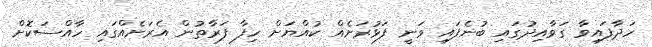
ހަދާފައިވާ ގަވާއިދުގައި ބުނެފައި ވަނީ ފަޅުރަށެއް ކުއްޔަށް ހިފާ ފަރާތުން އެރަށެއްގައި ހާއްސަކޮށް